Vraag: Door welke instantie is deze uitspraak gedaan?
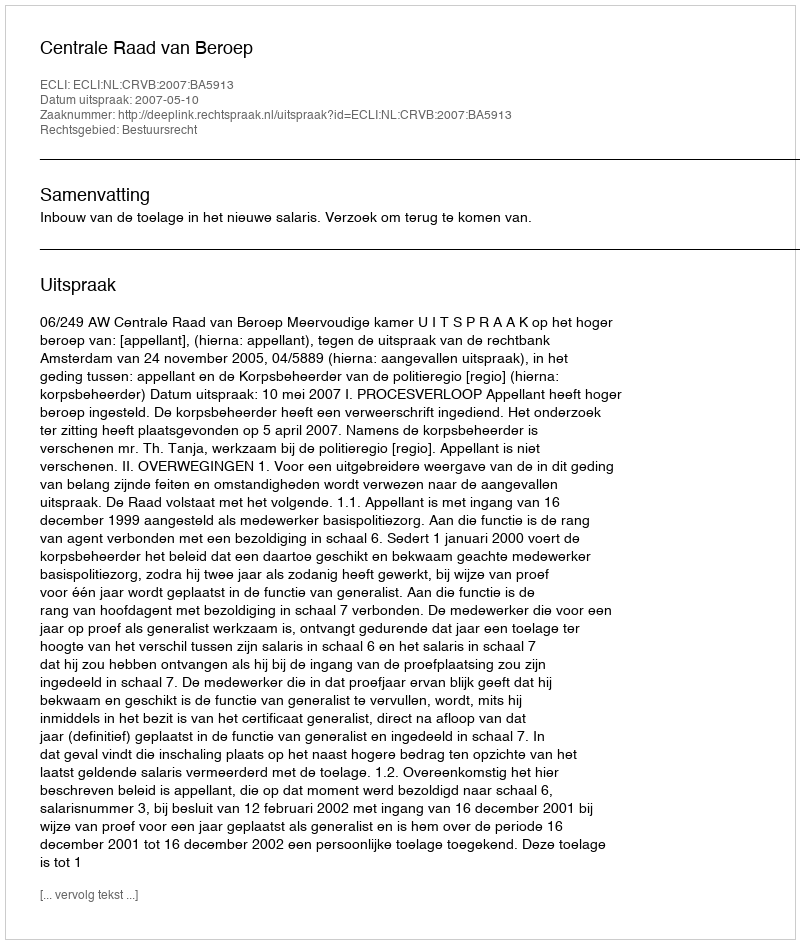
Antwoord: Centrale Raad van Beroep